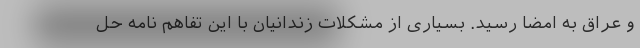
و عراق به امضا رسید. بسیاری از مشکلات زندانیان با این تفاهم نامه حل